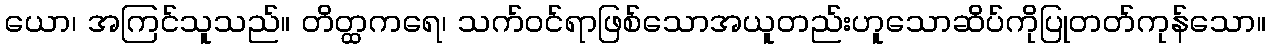
ယော၊ အကြင်သူသည်။ တိတ္ထကရေ၊ သက်ဝင်ရာဖြစ်သောအယူတည်းဟူသောဆိပ်ကိုပြုတတ်ကုန်သော။